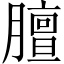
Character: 膻